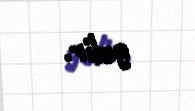
gəlir.